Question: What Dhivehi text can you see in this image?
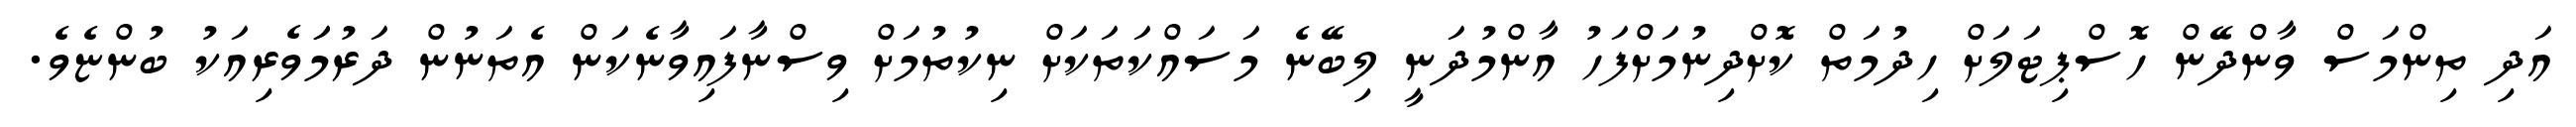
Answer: އަދި ތިންމަސް ވާންދޭން ހޮސްޕިޓަލަށް ހިދުމަތް ކޮށްދިނުމަށްފަހު އާންމުދަނީ ލިބޭނެ މަސައްކަތަކަށް ނިކުތުމަށް ވިސްނާފައިވާނެކަން އެތަނުން ދަރުމަަވެރިއަކު ބުންޏެވެ.